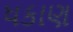
ધકાણ